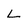
Character: L